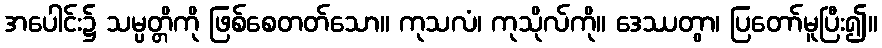
အပေါင်း၌ သမ္ပတ္တိကို ဖြစ်စေတတ်သော။ ကုသလံ၊ ကုသိုလ်ကို။ ဒေဿတွာ၊ ပြတော်မူပြီး၍။